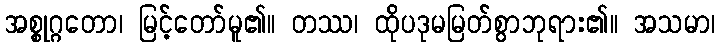
အစ္စုဂ္ဂတော၊ မြင့်တော်မူ၏။ တဿ၊ ထိုပဒုမမြတ်စွာဘုရား၏။ အသမာ၊